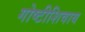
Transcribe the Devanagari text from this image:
गोष्टीशिवाय